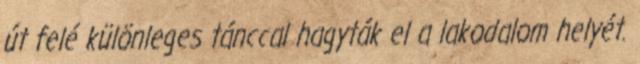
út felé különleges tánccal hagyták el a lakodalom helyét.